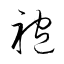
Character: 袍